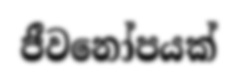
ජීවනෝපයක්